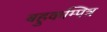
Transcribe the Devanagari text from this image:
बहुकम्पित्र